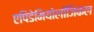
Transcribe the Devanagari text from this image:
एपिडेमियोलॉजिकल